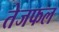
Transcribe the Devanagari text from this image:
तेजफल